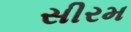
સીરમ